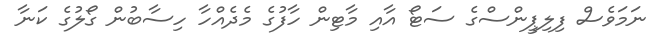
ނަމަވެސް ފިލިޕީންސްގެ ސަޓޯ އާއި މާޓިން ހާފުގެ މެދެއްހާ ހިސާބުން ގޯލުގެ ކަނާ